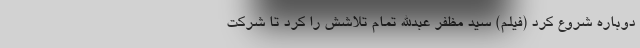
دوباره شروع کرد (فیلم) سید مظفر عبدالله تمام تلاشش را کرد تا شرکت